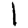
Digit: 1